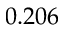
0 . 2 0 6